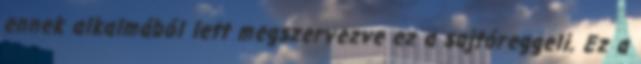
ennek alkalmából lett megszervezve ez a sajtóreggeli. Ez a